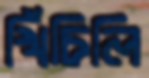
খিঁচিলি